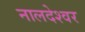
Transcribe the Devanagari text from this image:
नालदेश्वर